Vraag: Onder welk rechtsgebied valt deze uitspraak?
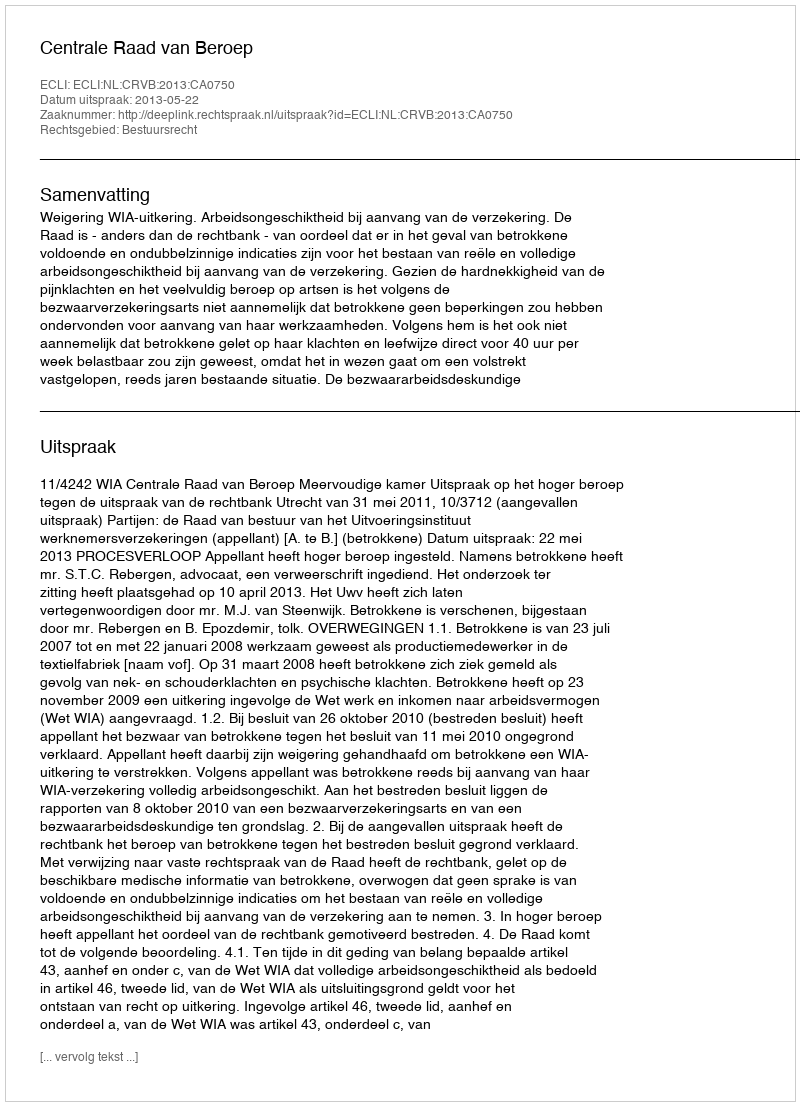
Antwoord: Bestuursrecht